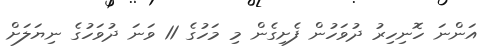
އަންނަ ހޮނިހިރު ދުވަހުން ފެށިގެން މި މަހުގެ 11 ވަނަ ދުވަހުގެ ނިޔަލަށް